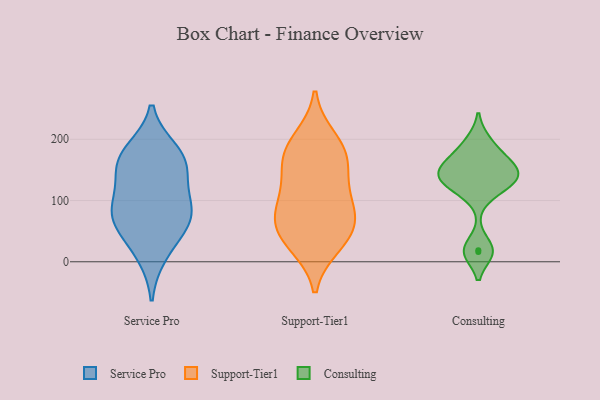
{"axis": {"x": "Energy Usage (MWh)", "y": "Value"}, "legend": ["Consulting", "Service Pro", "Support-Tier1"], "data": [{"x": "", "y": 57, "type": "Service Pro"}, {"x": "", "y": 180, "type": "Service Pro"}, {"x": "", "y": 81, "type": "Service Pro"}, {"x": "", "y": 165, "type": "Service Pro"}, {"x": "", "y": 88, "type": "Service Pro"}, {"x": "", "y": 164, "type": "Service Pro"}, {"x": "", "y": 101, "type": "Service Pro"}, {"x": "", "y": 12, "type": "Service Pro"}, {"x": "", "y": 61, "type": "Service Pro"}, {"x": "", "y": 149, "type": "Service Pro"}, {"x": "", "y": 47, "type": "Support-Tier1"}, {"x": "", "y": 28, "type": "Support-Tier1"}, {"x": "", "y": 134, "type": "Support-Tier1"}, {"x": "", "y": 183, "type": "Support-Tier1"}, {"x": "", "y": 200, "type": "Support-Tier1"}, {"x": "", "y": 166, "type": "Support-Tier1"}, {"x": "", "y": 80, "type": "Support-Tier1"}, {"x": "", "y": 65, "type": "Support-Tier1"}, {"x": "", "y": 169, "type": "Support-Tier1"}, {"x": "", "y": 106, "type": "Support-Tier1"}, {"x": "", "y": 85, "type": "Support-Tier1"}, {"x": "", "y": 37, "type": "Support-Tier1"}, {"x": "", "y": 127, "type": "Consulting"}, {"x": "", "y": 116, "type": "Consulting"}, {"x": "", "y": 19, "type": "Consulting"}, {"x": "", "y": 138, "type": "Consulting"}, {"x": "", "y": 16, "type": "Consulting"}, {"x": "", "y": 146, "type": "Consulting"}, {"x": "", "y": 171, "type": "Consulting"}, {"x": "", "y": 162, "type": "Consulting"}, {"x": "", "y": 143, "type": "Consulting"}, {"x": "", "y": 197, "type": "Consulting"}]}